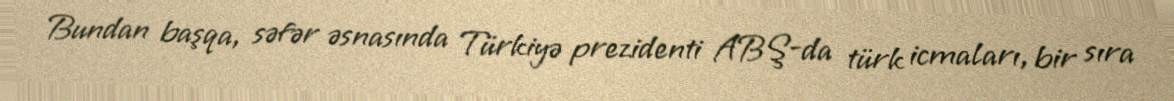
Bundan başqa, səfər əsnasında Türkiyə prezidenti ABŞ-da türk icmaları, bir sıra